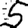
Digit: 5